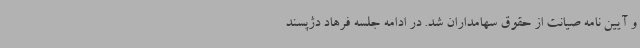
و آیین نامه صیانت از حقوق سهامداران شد. در ادامه جلسه فرهاد دژپسند